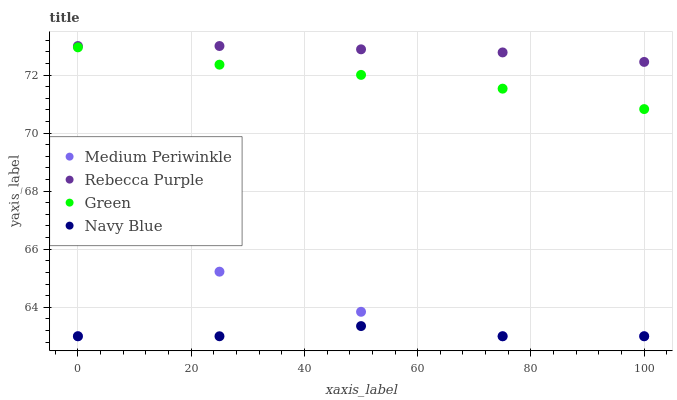
| xaxis_label | Medium Periwinkle | Rebecca Purple | Green | Navy Blue |
 | --- | --- | --- | --- | --- |
 | 0 | 63 | 73 | 73 | 63 |
 | 25 | 65.2 | 73 | 72.4 | 63 |
 | 50 | 63.8 | 72.9 | 72 | 63.4 |
 | 75 | 63 | 72.8 | 71.5 | 63 |
 | 100 | 63 | 72.5 | 70.8 | 63 |